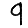
Digit: 9